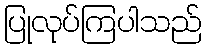
ပြုလုပ်ကြပါသည်